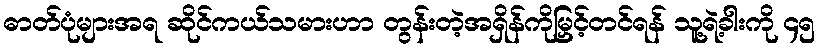
ဓာတ်ပုံများအရ ဆိုင်ကယ်သမားဟာ တွန်းတဲ့အရှိန်ကိုမြှင့်တင်ရန် သူ့ရဲ့ခါးကို ၄၅